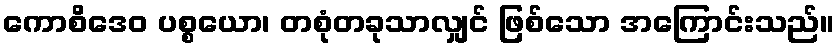
ကောစိဒေဝ ပစ္စယော၊ တစုံတခုသာလျှင် ဖြစ်သော အကြောင်းသည်။